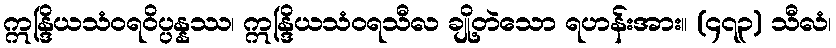
ဣန္ဒြိယသံဝရဝိပ္ပန္နဿ၊ ဣန္ဒြိယသံဝရသီလ ချို့တဲသော ရဟန်းအား။ (၄၇၃) သီလံ၊